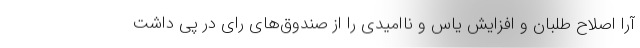
آرا اصلاح طلبان و افزایش یاس و ناامیدی را از صندوق‌های رای در پی داشت